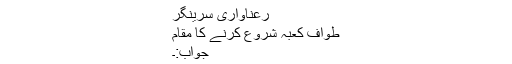
رعناواری سرینگر
طوافِ کعبہ شروع کرنے کا مقام
جواب:۔